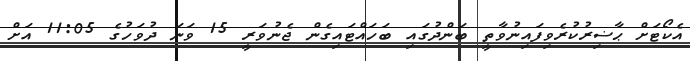
އެކޯޓަށް ޙާޟިރުކުރެވިފައިނުވާތީ ބަންދުގައި ބަހައްޓައިގެން ޖެނުވަރީ 15 ވަނަ ދުވަހުގެ 11:05 އަށް